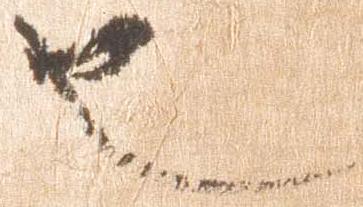
也